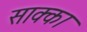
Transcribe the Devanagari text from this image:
साक्का